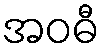
အဝဓီ